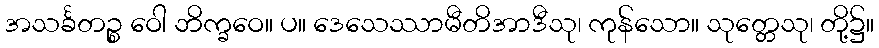
အသင်္ခတဉ္စ ဝေါ ဘိက္ခဝေ။ ပ။ ဒေသေဿာမီတိအာဒီသု၊ ကုန်သော။ သုတ္တေသု၊ တို့၌။